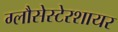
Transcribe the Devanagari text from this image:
ग्लौसेस्टेरशायर